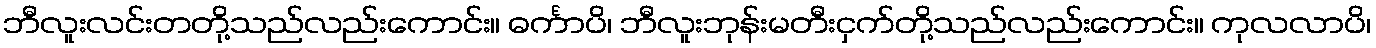
ဘီလူးလင်းတတို့သည်လည်းကောင်း။ ဓင်္ကာပိ၊ ဘီလူးဘုန်းမတီးငှက်တို့သည်လည်းကောင်း။ ကုလလာပိ၊